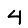
Digit: 4